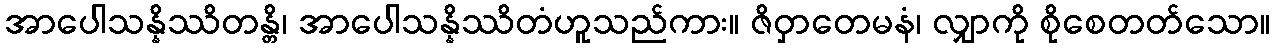
အာပေါသန္နိဿိတန္တိ၊ အာပေါသန္နိဿိတံဟူသည်ကား။ ဇိဝှာတေမနံ၊ လျှာကို စိုစေတတ်သော။